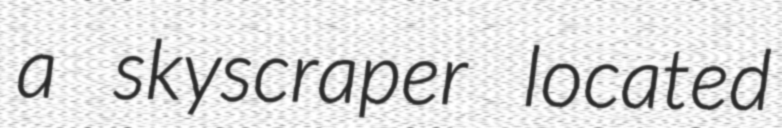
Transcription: a skyscraper located